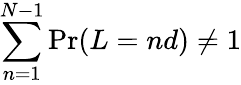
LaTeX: \sum_{n=1}^{N-1}\operatorname*{Pr}(L=nd)\neq 1